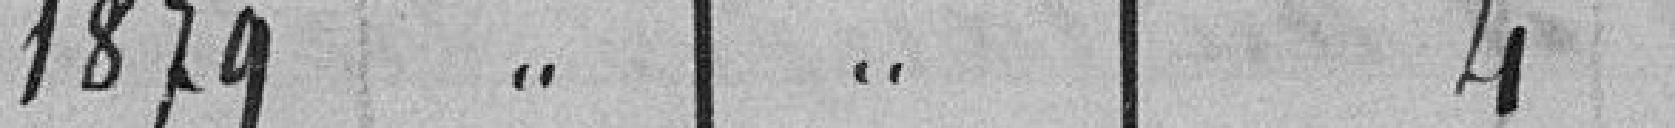
1879 " " 4